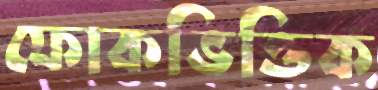
ফোকভিত্তিক